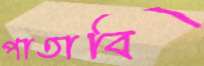
পাতাবি